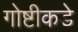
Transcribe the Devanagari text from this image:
गोष्टीकडे